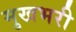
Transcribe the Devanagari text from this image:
मुखभरी